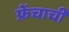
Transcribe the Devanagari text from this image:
फ्रेंचाची